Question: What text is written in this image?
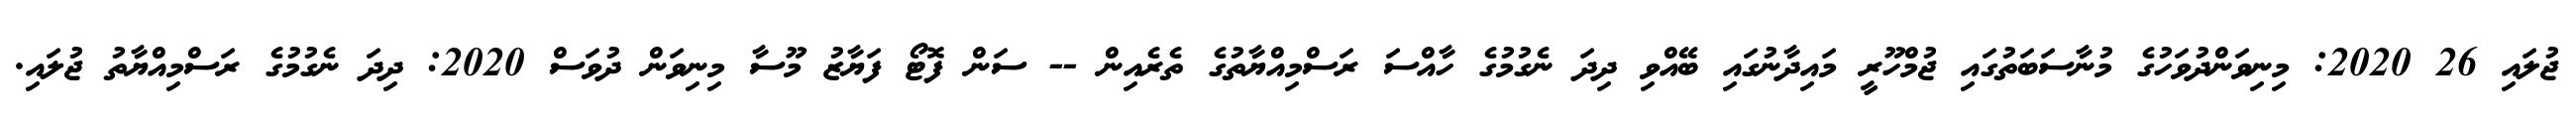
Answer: ޖުލައި 26 2020: މިނިވަންދުވަހުގެ މުނާސަބަތުގައި ޖުމްހޫރީ މައިދާނުގައި ބޭއްވި ދިދަ ނެގުމުގެ ހާއްސަ ރަސްމިއްޔާތުގެ ތެރެއިން -- ސަން ފޮޓޯ ފަޔާޒު މޫސާ މިނިވަން ދުވަސް 2020: ދިދަ ނެގުމުގެ ރަސްމިއްޔާތު ޖުލައި.